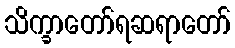
သိက္ခာတော်ရဆရာတော်